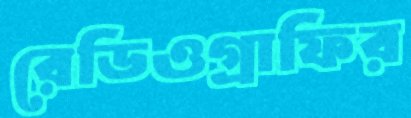
রেডিওগ্রাফির